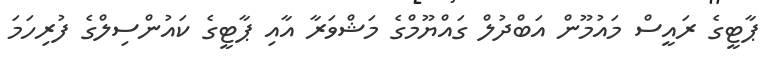
ޕާޓީގެ ރައީސް މައުމޫން އަބްދުލް ގައްޔޫމްގެ މަޝްވަރާ އާއި ޕާޓީގެ ކައުންސިލްގެ ފުރިހަމަ